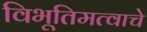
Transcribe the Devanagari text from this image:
विभूतिमत्वाचे